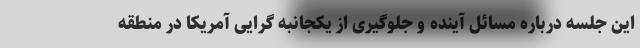
این جلسه درباره مسائل آینده و جلوگیری از یکجانبه گرایی آمریکا در منطقه